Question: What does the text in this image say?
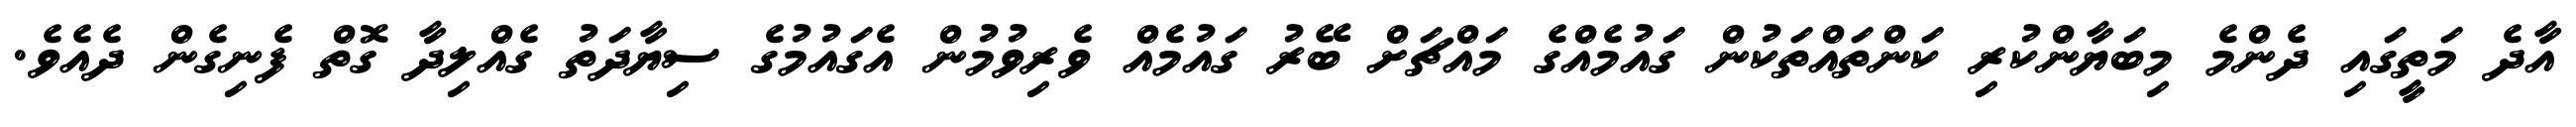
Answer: އާދެ މަތީގައި ދެންމެ މިބަޔާންކުރި ކަންތައްތަކުން ގައުމެއްގެ މައްޗަށް ބޭރު ގައުމެއް ވެރިވުމުން އެގައުމުގެ ސިޔާދަތު ގެއްލިދާ ގޮތް ފެނިގެން ދެއެވެ.